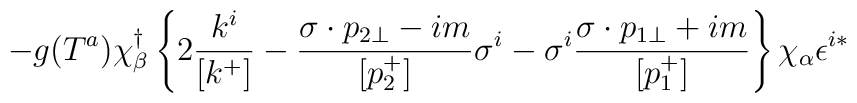
- g (T^a) \chi_{\beta}^{\dagger} \left\{ 2		\frac{k^i}{[k^+]} - \frac{ \sigma \cdot p_{2\bot} -		im}{[p_2^+]} \sigma^i - \sigma^i \frac{ \sigma \cdot		p_{1\bot} + im}{[p_1^+]} \right\} \chi_{\alpha}		\epsilon^{i*}